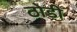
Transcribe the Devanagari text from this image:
ठोडी